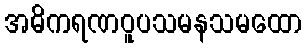
အဓိကရဏဝူပသမနသမထော